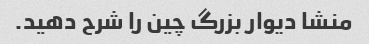
منشا دیوار بزرگ چین را شرح دهید.